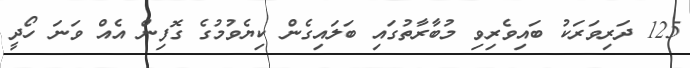
125 ދަރިވަރަކު ބައިވެރިވި މުބާރާތުގައި ބަލައިގެން ކިޔެވުމުގެ ގޮފިން އެއް ވަނަ ހޯދީ